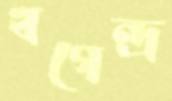
খগেন্দ্র